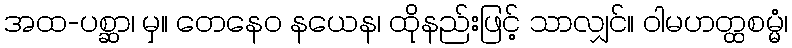
အထ-ပစ္ဆာ၊ မှ။ တေနေဝ နယေန၊ ထိုနည်းဖြင့် သာလျှင်။ ဝါမဟတ္ထစမ္မံ၊